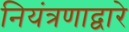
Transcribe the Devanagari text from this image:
नियंत्रणाद्वारे